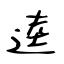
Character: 逵